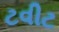
ટવીટ